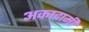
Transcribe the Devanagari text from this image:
अकादामी